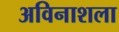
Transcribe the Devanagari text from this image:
अविनाशला